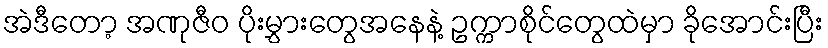
အဲဒီတော့ အဏုဇီဝ ပိုးမွှားတွေအနေနဲ့ ဥက္ကာစိုင်တွေထဲမှာ ခိုအောင်းပြီး